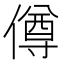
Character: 僔